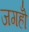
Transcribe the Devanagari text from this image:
जगहोँ